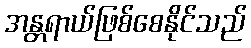
အန္တရာယ်ဖြစ်စေနိုင်သည်